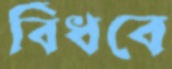
বিঁধবে